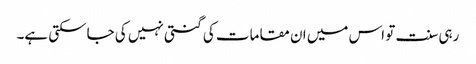
رہی سنت تو اس میں ان مقامات کی گنتی نہیں کی جاسکتی ہے۔